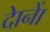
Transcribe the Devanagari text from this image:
दाेनाें